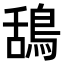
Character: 鴰